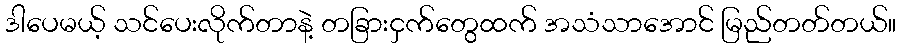
ဒါပေမယ့် သင်ပေးလိုက်တာနဲ့ တခြားငှက်တွေထက် အသံသာအောင် မြည်တတ်တယ်။